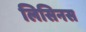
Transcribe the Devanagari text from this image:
लिसिनस